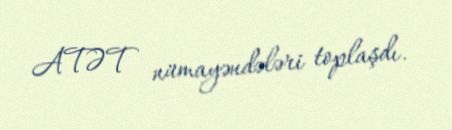
ATƏT nümayəndələri toplaşdı.